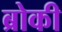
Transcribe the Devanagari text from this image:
ब्रोकी